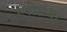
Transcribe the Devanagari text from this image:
ऍशेसचा